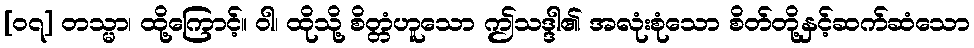
[၀၇] တသ္မာ၊ ထို့ကြောင့်။ ဝါ၊ ထိုသို့ စိတ္တံဟူသော ဤသဒ္ဒါ၏ အလုံးစုံသော စိတ်တို့နှင့်ဆက်ဆံသော